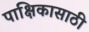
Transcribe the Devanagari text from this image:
पाक्षिकासाठी